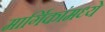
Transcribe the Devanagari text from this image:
मार्गिकांमध्ये